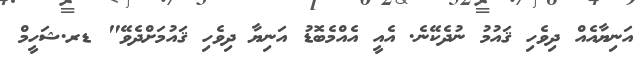
އަނިޔާއެއް ދިވެހި ޤައުމު ނުދެކޭނެ. އެއީ އެއްމެބޮޑު އަނިޔާ ދިވެހި ޤައުމަށްދެވޭ" ޑރ.ޝަހީމް